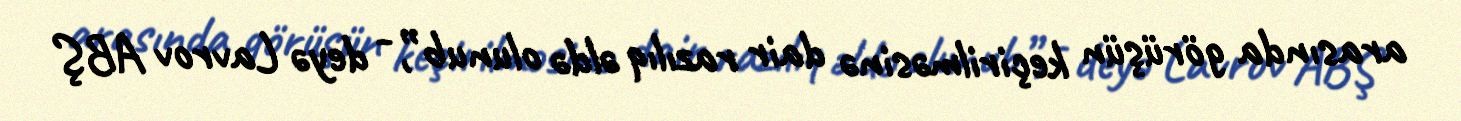
arasında görüşün keçirilməsinə dair razılıq əldə olunub”, - deyə Lavrov ABŞ